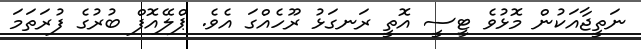
ނަތީޖާއަކުން މޮޅުވެ ޓީސީ އޮތީ ރަނގަޅު ރޫހެއްގަ އެވެ. ޕްލޭއޮފް ބުރުގެ ފުރަތަމަ